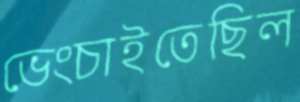
ভেংচাইতেছিল